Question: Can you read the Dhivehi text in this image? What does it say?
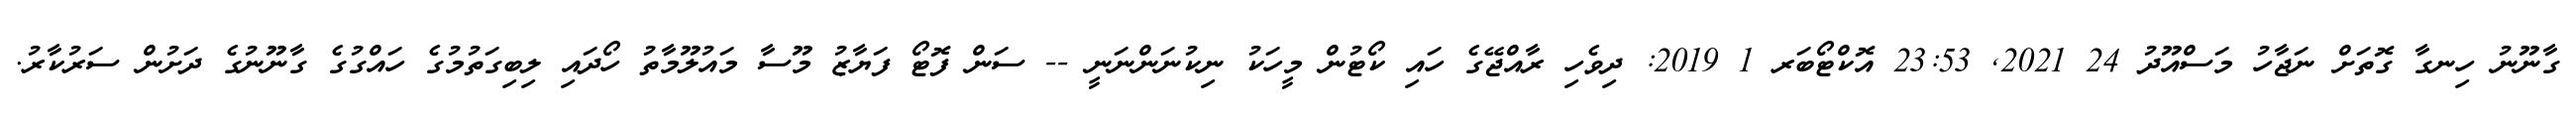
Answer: ގާނޫނު ހިނގާ ގޮތަށް ނަޖާހު މަސްއޫދު 24 2021, 23:53 އޮކްޓޯބަރ 1 2019: ދިވެހި ރާއްޖޭގެ ހައި ކޯޓުން މީހަކު ނިކުނަންނަނީ -- ސަން ފޮޓޯ ފަޔާޒު މޫސާ މައުލޫމާތު ހޯދައި ލިބިގަތުމުގެ ހައްގުގެ ގާނޫނުގެ ދަށުން ސަރުކާރު.